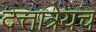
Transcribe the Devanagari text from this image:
दत्तात्रेयच